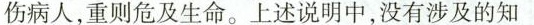
伤病人，重则危及生命。上述说明中，没有涉及的知